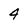
Character: 4